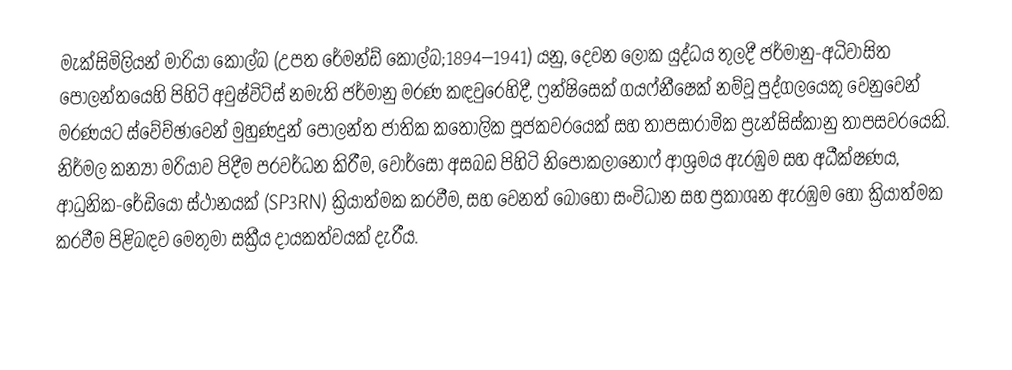
මැක්සිමිලියන් මාරියා කෝල්බ  (උපත රේමන්ඩ් කෝල්බ;1894–1941) යනු,  දෙවන ලෝක යුද්ධය තුලදී ජර්මානු-අධිවාසිත පෝලන්තයෙහි පිහිටි  අවුෂ්විට්ස් නමැති ජර්මානු මරණ කඳවුරෙහිදී,  ෆ්‍රන්ෂිසෙක් ගයෆ්නීෂෙක් නම්වූ පුද්ගලයෙකු වෙනුවෙන් මරණයට ස්වේච්ඡාවෙන් මුහුණදුන් පෝලන්ත ජාතික කතෝලික පූජකවරයෙක් සහ තාපසාරාමික ප්‍රැන්සිස්කානු තාපසවරයෙකි. නිර්මල කන්‍යා මරියාව පිදීම ප‍්‍රවර්ධන කිරීම, වෝර්සෝ අසබඩ පිහිටි නිපොකලානොෆ් ආශ්‍රමය ඇරඹුම සහ අධීක්ෂණය, ආධුනික-රේඩියෝ ස්ථානයක් (SP3RN) ක්‍රියාත්මක කරවීම, සහ වෙනත් බොහෝ සංවිධාන සහ ප්‍රකාශන ඇරඹුම හෝ ක්‍රියාත්මක කරවීම පිළිබඳව මෙතුමා සක්‍රීය දායකත්වයක් දැරීය.